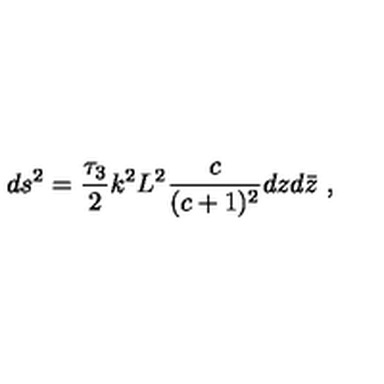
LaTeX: d s ^ { 2 } = { \frac { \tau _ { 3 } } { 2 } } k ^ { 2 } L ^ { 2 } { \frac { c } { ( c + 1 ) ^ { 2 } } } d z d \bar { z } \ ,